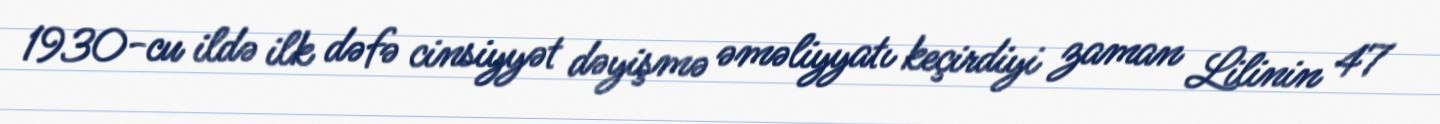
1930-cu ildə ilk dəfə cinsiyyət dəyişmə əməliyyatı keçirdiyi zaman Lilinin 47